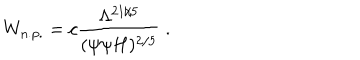
LaTeX: W _ { \mathrm { n . p . } } = c \frac { \Lambda ^ { 2 1 / 5 } } { ( \psi \psi H ) ^ { 2 / 5 } } \ .